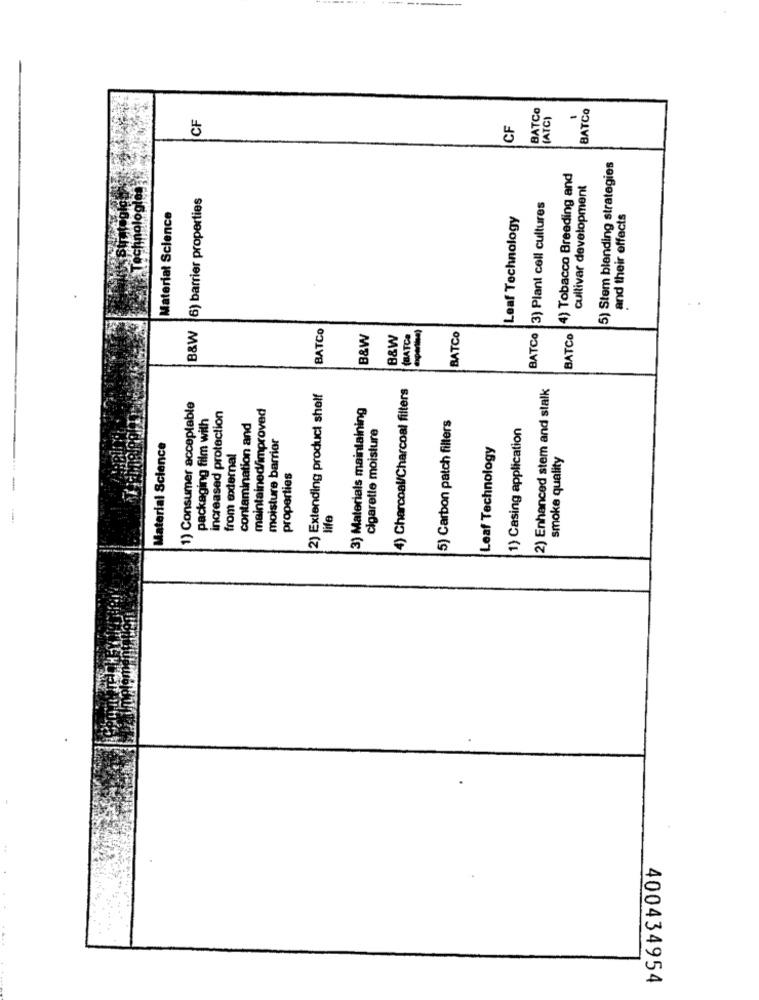
BATCO
BATCO
CF
(ATC)
CF
5) Stem blending strategies
4) Tobacco Breeding and
cultivar development
B&W 6) barrier properties
BATCO 3) Plant cell cultures
Material Science
Leaf Technology
and their effects
BATCO
B&W
B&W
(BATCH
BATCO
BATCO
4) Charcoal/Charcoal filters
2) Enhanced stem and stalk
2) Extending product shelf
1) Consumer acceptable
maintained/improved
3) Materials maintaining
packaging film with
increased protection
5) Carbon patch filters
contamination and
cigarette moisture
1) Casing application
Material Science
from external
moisture barrior
Leaf Technology
smoke quality
properties
life
400434954